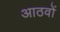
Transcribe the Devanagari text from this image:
आठवों